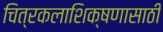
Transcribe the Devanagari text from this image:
चित्रकलाशिक्षणासाठी